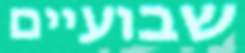
שבועיים